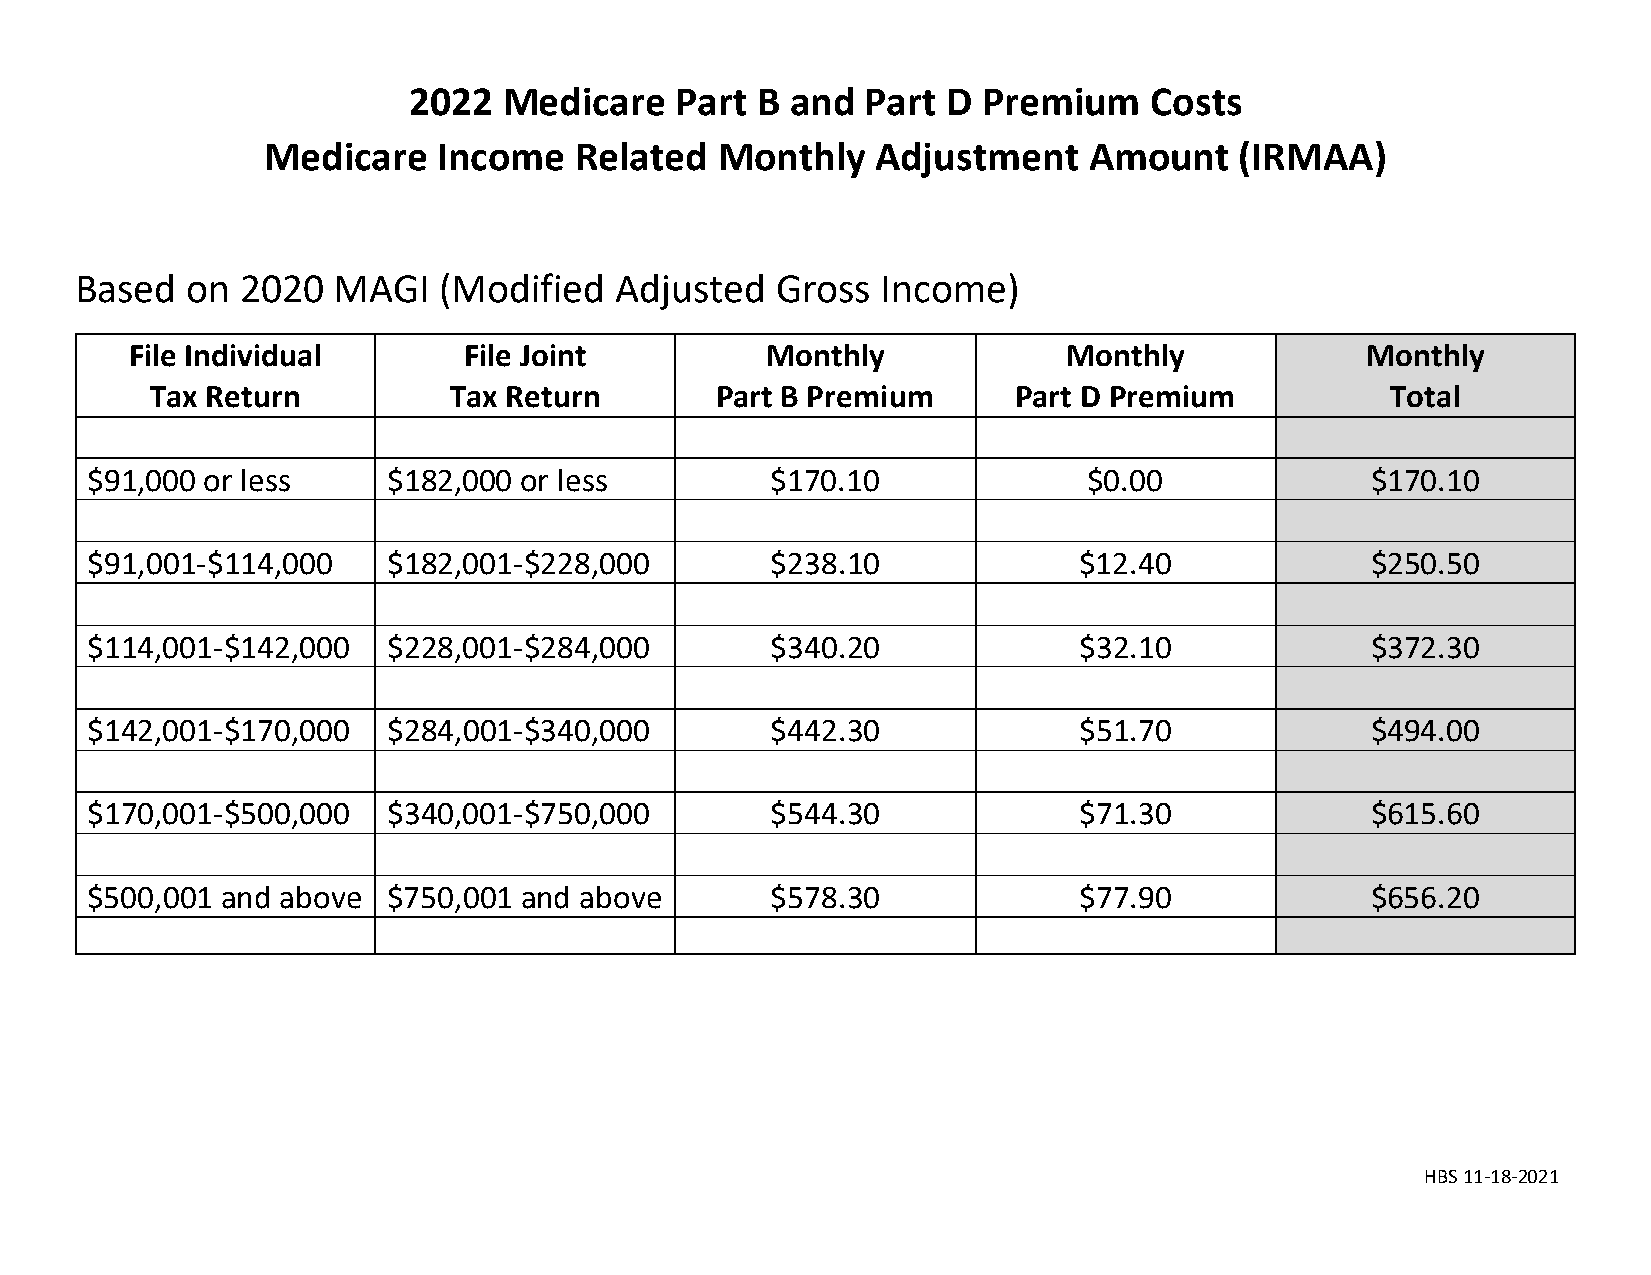
2022  Medicare    Part B and  Part  D Premium    Costs
 Medicare    Income   Related   Monthly   Adjustment    Amount    (IRMAA)
 Based  on  2020  MAGI   (Modified   Adjusted  Gross  Income)
 File Individual       File Joint          Monthly             Monthly            Monthly
 Tax Return          Tax Return       Part B Premium      Part D Premium           Total
 $91,000 or less     $182,000 or less         $170.10              $0.00              $170.10
 $91,001-$114,000    $182,001-$228,000        $238.10             $12.40              $250.50
 $114,001-$142,000   $228,001-$284,000        $340.20             $32.10              $372.30
 $142,001-$170,000   $284,001-$340,000        $442.30             $51.70              $494.00
 $170,001-$500,000   $340,001-$750,000        $544.30             $71.30              $615.60
 $500,001 and above  $750,001 and above       $578.30             $77.90              $656.20
 HBS 11-18-2021